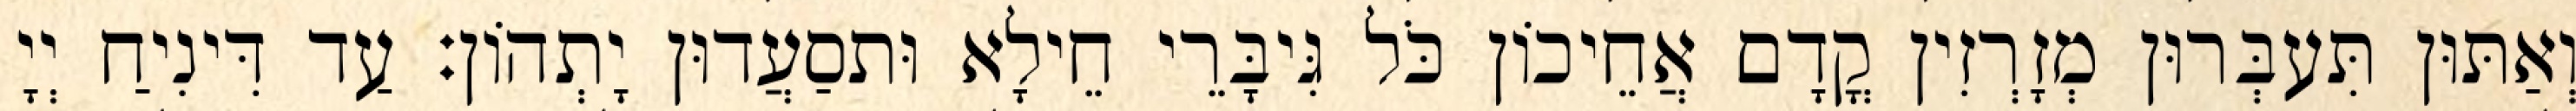
וְאַתּוּן תִּעבְּרוּן מְזָרְזִין קֳדָם אֲחֵיכוֹן כֹּל גִּיבָּרֵי חֵילָא וּתסַעֲדוּן יָתְהוֹן׃ עַד דִּינִיחַ יְיָ